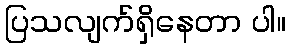
ပြသလျက်ရှိနေတာ ပါ။